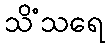
သိံသရေ